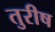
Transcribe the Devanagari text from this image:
तुरीष